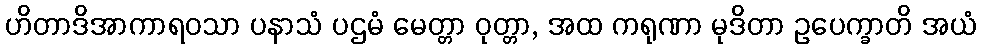
ဟိတာဒိအာကာရဝသာ ပနာသံ ပဌမံ မေတ္တာ ဝုတ္တာ, အထ ကရုဏာ မုဒိတာ ဥပေက္ခာတိ အယံ